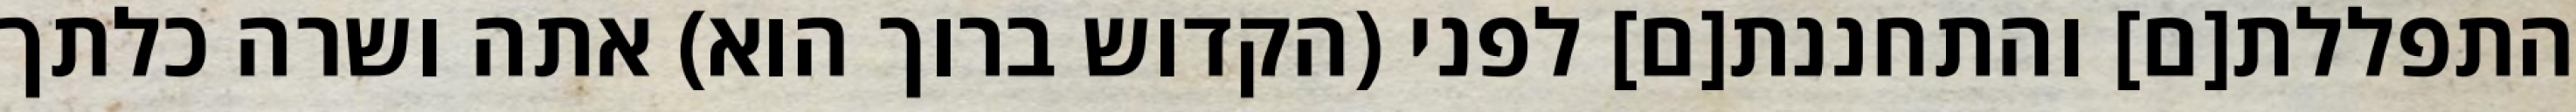
התפללת[ם] והתחננת[ם] לפני (הקדוש ברוך הוא) אתה ושרה כלתך